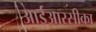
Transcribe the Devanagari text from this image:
आईआरसीका